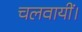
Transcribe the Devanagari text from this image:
चलवायीं।